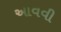
આવવી